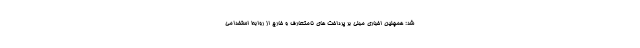
شد: همچنین اخباری مبنی بر پرداخت های نامتعارف و خارج از روابط استخدامی